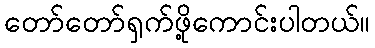
တော်တော်ရှက်ဖို့ကောင်းပါတယ်။